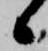
候